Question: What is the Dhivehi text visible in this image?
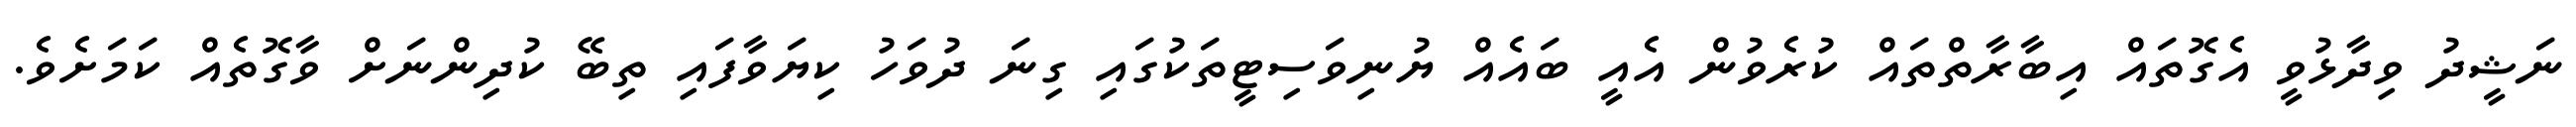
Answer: ނަޝީދު ވިދާޅުވީ އެގޮތައް އިބާރާތްތައް ކުރެވުން އެއީ ބައެއް ޔުނިވަސިޓީތަކުގައި ގިނަ ދުވަހު ކިޔަވާފައި ތިބޭ ކުދިންނަށް ވާގޮތެއް ކަމަށެވެ.